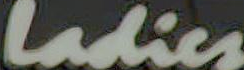
Ladies